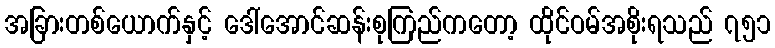
အခြားတစ်ယောက်နှင့် ဒေါ်အောင်ဆန်းစုကြည်ကတော့ ထိုင်ဝမ်အစိုးရသည် ၇၅၁